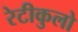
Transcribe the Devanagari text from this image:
रेटीकुलो